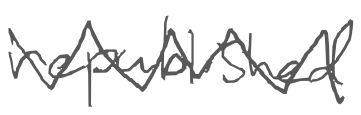
Text: republished
Cross-out: zig-zag
Writing tool: digital_gray